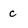
Character: c